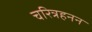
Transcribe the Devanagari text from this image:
चरित्रहनन